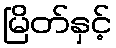
မြိတ်နှင့်